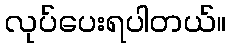
လုပ်ပေးရပါတယ်။